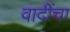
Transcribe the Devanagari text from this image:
वादींचा